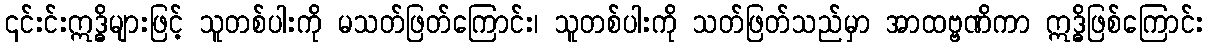
၎င်းင်းဣဒ္ဓိများဖြင့် သူတစ်ပါးကို မသတ်ဖြတ်ကြောင်း၊ သူတစ်ပါးကို သတ်ဖြတ်သည်မှာ အာထဗ္ဗဏိကာ ဣဒ္ဓိဖြစ်ကြောင်း